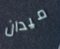
ميدان